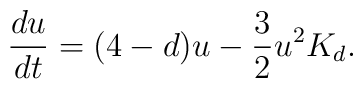
\frac{du}{dt}=(4-d)u-\frac{3}{2}u^2K_d.